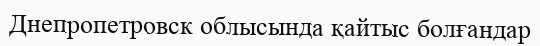
Днепропетровск облысында қайтыс болғандар